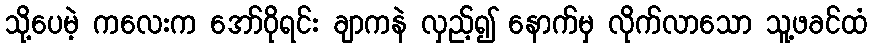
သို့ပေမဲ့ ကလေးက အော်ဝိုရင်း ချာကနဲ လှည့်၍ နောက်မှ လိုက်လာသော သူ့ဖခင်ထံ